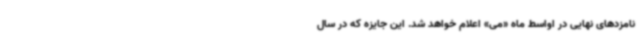
نامزدهای نهایی در اواسط ماه «می» اعلام خواهد شد. این جایزه که در سال